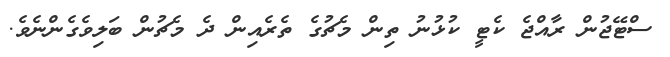
ސްޓޭޖުން ރާއްޖެ ކެޓީ ކުޅުނު ތިން މެޗުގެ ތެރެއިން ދެ މެޗުން ބަލިވެގެންނެވެ.